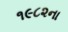
૧૯૮૨ના